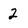
Character: 2